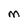
Character: M